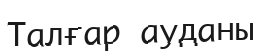
Талғар ауданы